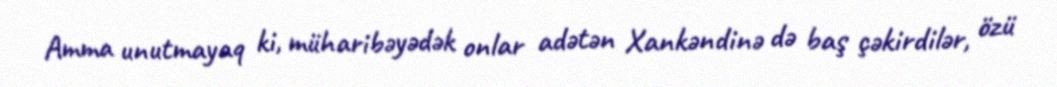
Amma unutmayaq ki, müharibəyədək onlar adətən Xankəndinə də baş çəkirdilər, özü